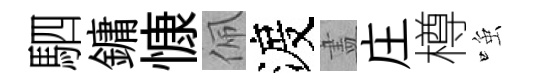
駟鏞慷佩渡𥁞庄樽𫪻